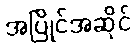
အပြိုင်အဆိုင်